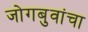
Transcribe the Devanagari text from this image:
जोगबुवांचा